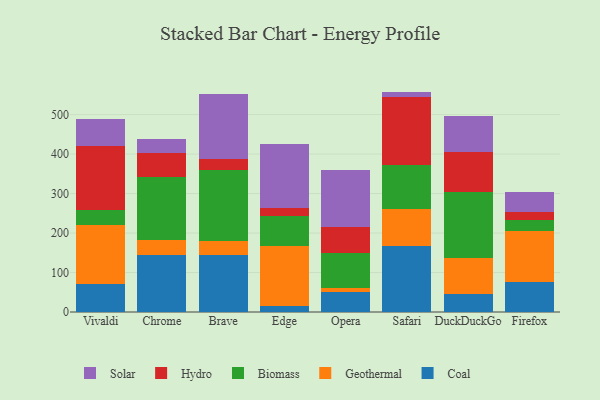
{"axis": {"x": "Browser", "y": "Tickets Resolved"}, "legend": ["Biomass", "Coal", "Geothermal", "Hydro", "Solar"], "data": [{"x": "Vivaldi", "y": 70.2, "type": "Coal"}, {"x": "Vivaldi", "y": 151.4, "type": "Geothermal"}, {"x": "Vivaldi", "y": 36.7, "type": "Biomass"}, {"x": "Vivaldi", "y": 162.0, "type": "Hydro"}, {"x": "Vivaldi", "y": 68.5, "type": "Solar"}, {"x": "Chrome", "y": 144.4, "type": "Coal"}, {"x": "Chrome", "y": 37.1, "type": "Geothermal"}, {"x": "Chrome", "y": 160.9, "type": "Biomass"}, {"x": "Chrome", "y": 61.2, "type": "Hydro"}, {"x": "Chrome", "y": 34.4, "type": "Solar"}, {"x": "Brave", "y": 143.4, "type": "Coal"}, {"x": "Brave", "y": 37.5, "type": "Geothermal"}, {"x": "Brave", "y": 178.9, "type": "Biomass"}, {"x": "Brave", "y": 28.0, "type": "Hydro"}, {"x": "Brave", "y": 164.4, "type": "Solar"}, {"x": "Edge", "y": 14.7, "type": "Coal"}, {"x": "Edge", "y": 151.3, "type": "Geothermal"}, {"x": "Edge", "y": 77.7, "type": "Biomass"}, {"x": "Edge", "y": 18.7, "type": "Hydro"}, {"x": "Edge", "y": 162.6, "type": "Solar"}, {"x": "Opera", "y": 51.5, "type": "Coal"}, {"x": "Opera", "y": 10.2, "type": "Geothermal"}, {"x": "Opera", "y": 87.9, "type": "Biomass"}, {"x": "Opera", "y": 66.3, "type": "Hydro"}, {"x": "Opera", "y": 144.4, "type": "Solar"}, {"x": "Safari", "y": 166.3, "type": "Coal"}, {"x": "Safari", "y": 94.9, "type": "Geothermal"}, {"x": "Safari", "y": 111.2, "type": "Biomass"}, {"x": "Safari", "y": 172.1, "type": "Hydro"}, {"x": "Safari", "y": 13.7, "type": "Solar"}, {"x": "DuckDuckGo", "y": 45.3, "type": "Coal"}, {"x": "DuckDuckGo", "y": 92.6, "type": "Geothermal"}, {"x": "DuckDuckGo", "y": 166.4, "type": "Biomass"}, {"x": "DuckDuckGo", "y": 100.7, "type": "Hydro"}, {"x": "DuckDuckGo", "y": 92.0, "type": "Solar"}, {"x": "Firefox", "y": 75.0, "type": "Coal"}, {"x": "Firefox", "y": 129.6, "type": "Geothermal"}, {"x": "Firefox", "y": 27.6, "type": "Biomass"}, {"x": "Firefox", "y": 20.0, "type": "Hydro"}, {"x": "Firefox", "y": 51.2, "type": "Solar"}]}